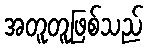
အတူတူဖြစ်သည်